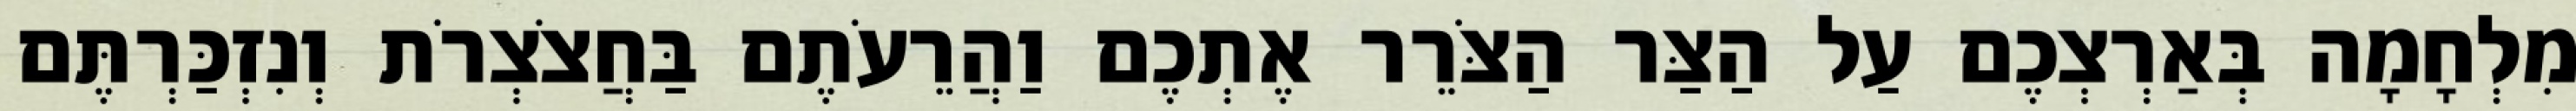
מִלְחָמָה בְּאַרְצְכֶם עַל הַצַּר הַצֹּרֵר אֶתְכֶם וַהֲרֵעֹתֶם בַּחֲצֹצְרֹת וְנִזְכַּרְתֶּם